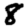
Digit: 8